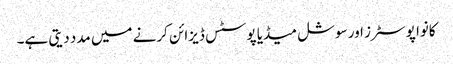
کانوا پوسٹرز اور سوشل میڈیا پوسٹس ڈیزائن کرنے میں مدد دیتی ہے۔